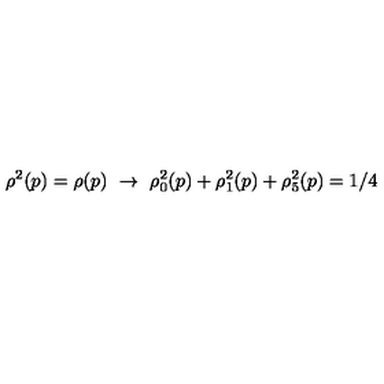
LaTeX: \rho ^ { 2 } ( p ) = \rho ( p ) \ \rightarrow \ \rho _ { 0 } ^ { 2 } ( p ) + \rho _ { 1 } ^ { 2 } ( p ) + \rho _ { 5 } ^ { 2 } ( p ) = 1 / 4